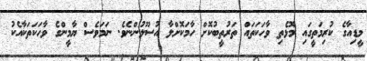
މީޑިއާގެ ކުރިމަތީގައި މޮޅެތި ވާހަކަތައް ތަރުތީބުކޮށް ހާމަކޮށްލާ އުސޫލުންނެވެ. ނަމަވެސް ޔާމީންގެ ވާހަކަތަކާއެކު